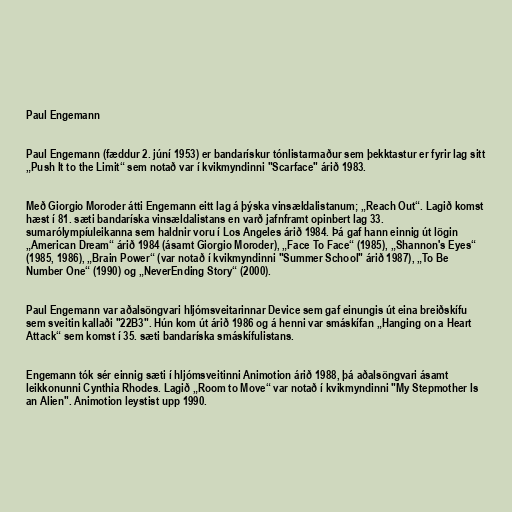
Paul Engemann

Paul Engemann (fæddur 2. júní 1953) er bandarískur tónlistarmaður sem þekktastur er fyrir lag sitt
„Push It to the Limit“ sem notað var í kvikmyndinni "Scarface" árið 1983.

Með Giorgio Moroder átti Engemann eitt lag á þýska vinsældalistanum; „Reach Out“. Lagið komst
hæst í 81. sæti bandaríska vinsældalistans en varð jafnframt opinbert lag 33.
sumarólympíuleikanna sem haldnir voru í Los Angeles árið 1984. Þá gaf hann einnig út lögin
„American Dream“ árið 1984 (ásamt Giorgio Moroder), „Face To Face“ (1985), „Shannon's Eyes“
(1985, 1986), „Brain Power“ (var notað í kvikmyndinni "Summer School" árið 1987), „To Be
Number One“ (1990) og „NeverEnding Story“ (2000).

Paul Engemann var aðalsöngvari hljómsveitarinnar Device sem gaf einungis út eina breiðskífu
sem sveitin kallaði "22B3". Hún kom út árið 1986 og á henni var smáskífan „Hanging on a Heart
Attack“ sem komst í 35. sæti bandaríska smáskífulistans.

Engemann tók sér einnig sæti í hljómsveitinni Animotion árið 1988, þá aðalsöngvari ásamt
leikkonunni Cynthia Rhodes. Lagið „Room to Move“ var notað í kvikmyndinni "My Stepmother Is
an Alien". Animotion leystist upp 1990.